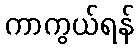
ကာကွယ်ရန်